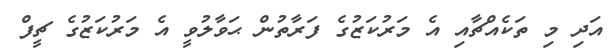
އަދި މި ތަކެއްޗާއި އެ މަރުކަޒުގެ ފަރާތުން ޙަވާލުވީ އެ މަރުކަޒުގެ ޗީފް